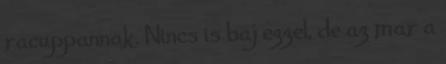
racuppannak. Nincs is baj ezzel, de az mar a